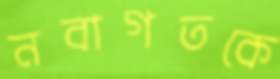
নবাগতকে